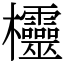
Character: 欞